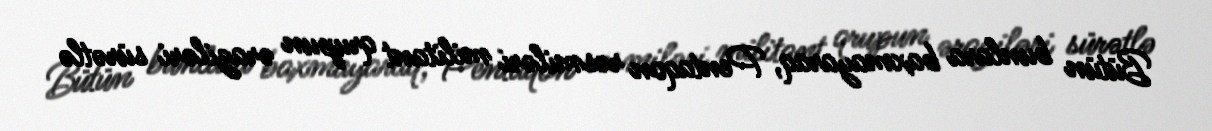
Bütün bunlara baxmayaraq, Pentaqon rəsmiləri militant qrupun əraziləri sürətlə